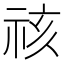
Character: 𮁷